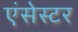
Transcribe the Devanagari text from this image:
एंसेस्टर